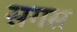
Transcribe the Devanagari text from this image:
सगस